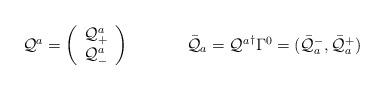
LaTeX: \begin{align*}\begin{array}{cc}{\cal Q}^{a}=\left(\begin{array}{c} {\cal Q}^{a}_{+}\\ {\cal Q}^{a}_{-} \end{array}\right) ~~~~ &~~~~ \bar{{\cal Q}}_{a}={{\cal Q}^{a}}^{\dagger}\Gamma^{0}=(\bar{{\cal Q}}_{a}^{-}, \bar{{\cal Q}}_{a}^{+} )\end{array}\end{align*}